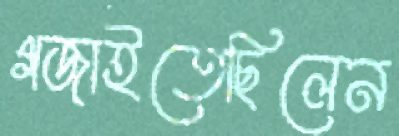
গজাইতেছিলেন